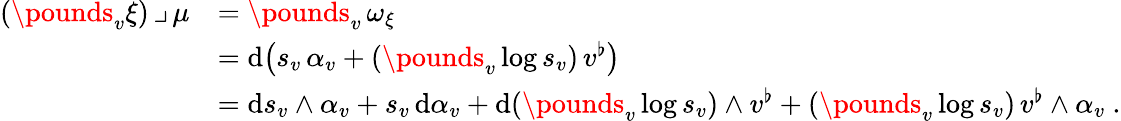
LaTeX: \begin{array}{rl}{(\pounds_{v}\xi)\, \lrcorner\, \mu}&{=\pounds_{v}\, \omega_{\xi}}\\ &{=\mathrm{d}\bigl(s_{v}\, \alpha_{v}+(\pounds_{v}\log s_{v})\, v^{\flat}\bigr)}\\ &{=\mathrm{d}s_{v}\wedge\alpha_{v}+s_{v}\, \mathrm{d}\alpha_{v}+\mathrm{d}(\pounds_{v}\log s_{v})\wedge v^{\flat}+(\pounds_{v}\log s_{v})\, v^{\flat}\wedge\alpha_{v}\ .}\end{array}